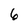
Character: 6